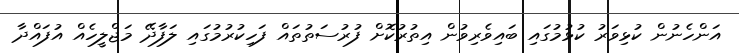
އަންހެނުން ކުޅިވަރު ކުޅުމުގައި ބައިވެރިވުން އިތުރުކޮށް ފުރުސަތުތައް ފަހިކުރުމުގައި ލަފާދޭ މަޖްލީހެއް އުފައްދާ